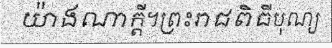
យ៉ាងណាក្តី។ព្រះរាជពិធីបុណ្យ